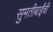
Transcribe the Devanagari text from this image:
सुमतीबाईंची